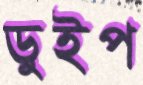
ডুইপ